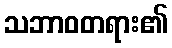
သဘာဝတရား၏